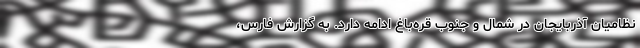
نظامیان آذربایجان در شمال و جنوب قره‌باغ ادامه دارد. به گزارش فارس،